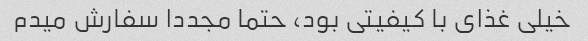
خیلی غذای با کیفیتی بود، حتما مجددا سفارش میدم